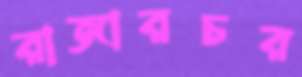
রাজারচর